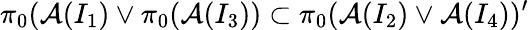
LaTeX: \pi_{0}({\cal A}(I_{1})\vee\pi_{0}({\cal A}(I_{3}))\subset\pi_{0}({\cal A}(I_{2})\vee{\cal A}(I_{4}))^{\prime}